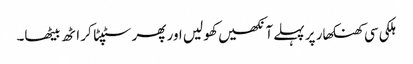
ہلکی سی کھنکھار پر پہلے آنکھیں کھو لیں اور پھر سٹپٹا کر اٹھ بیٹھا۔